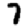
Digit: 7